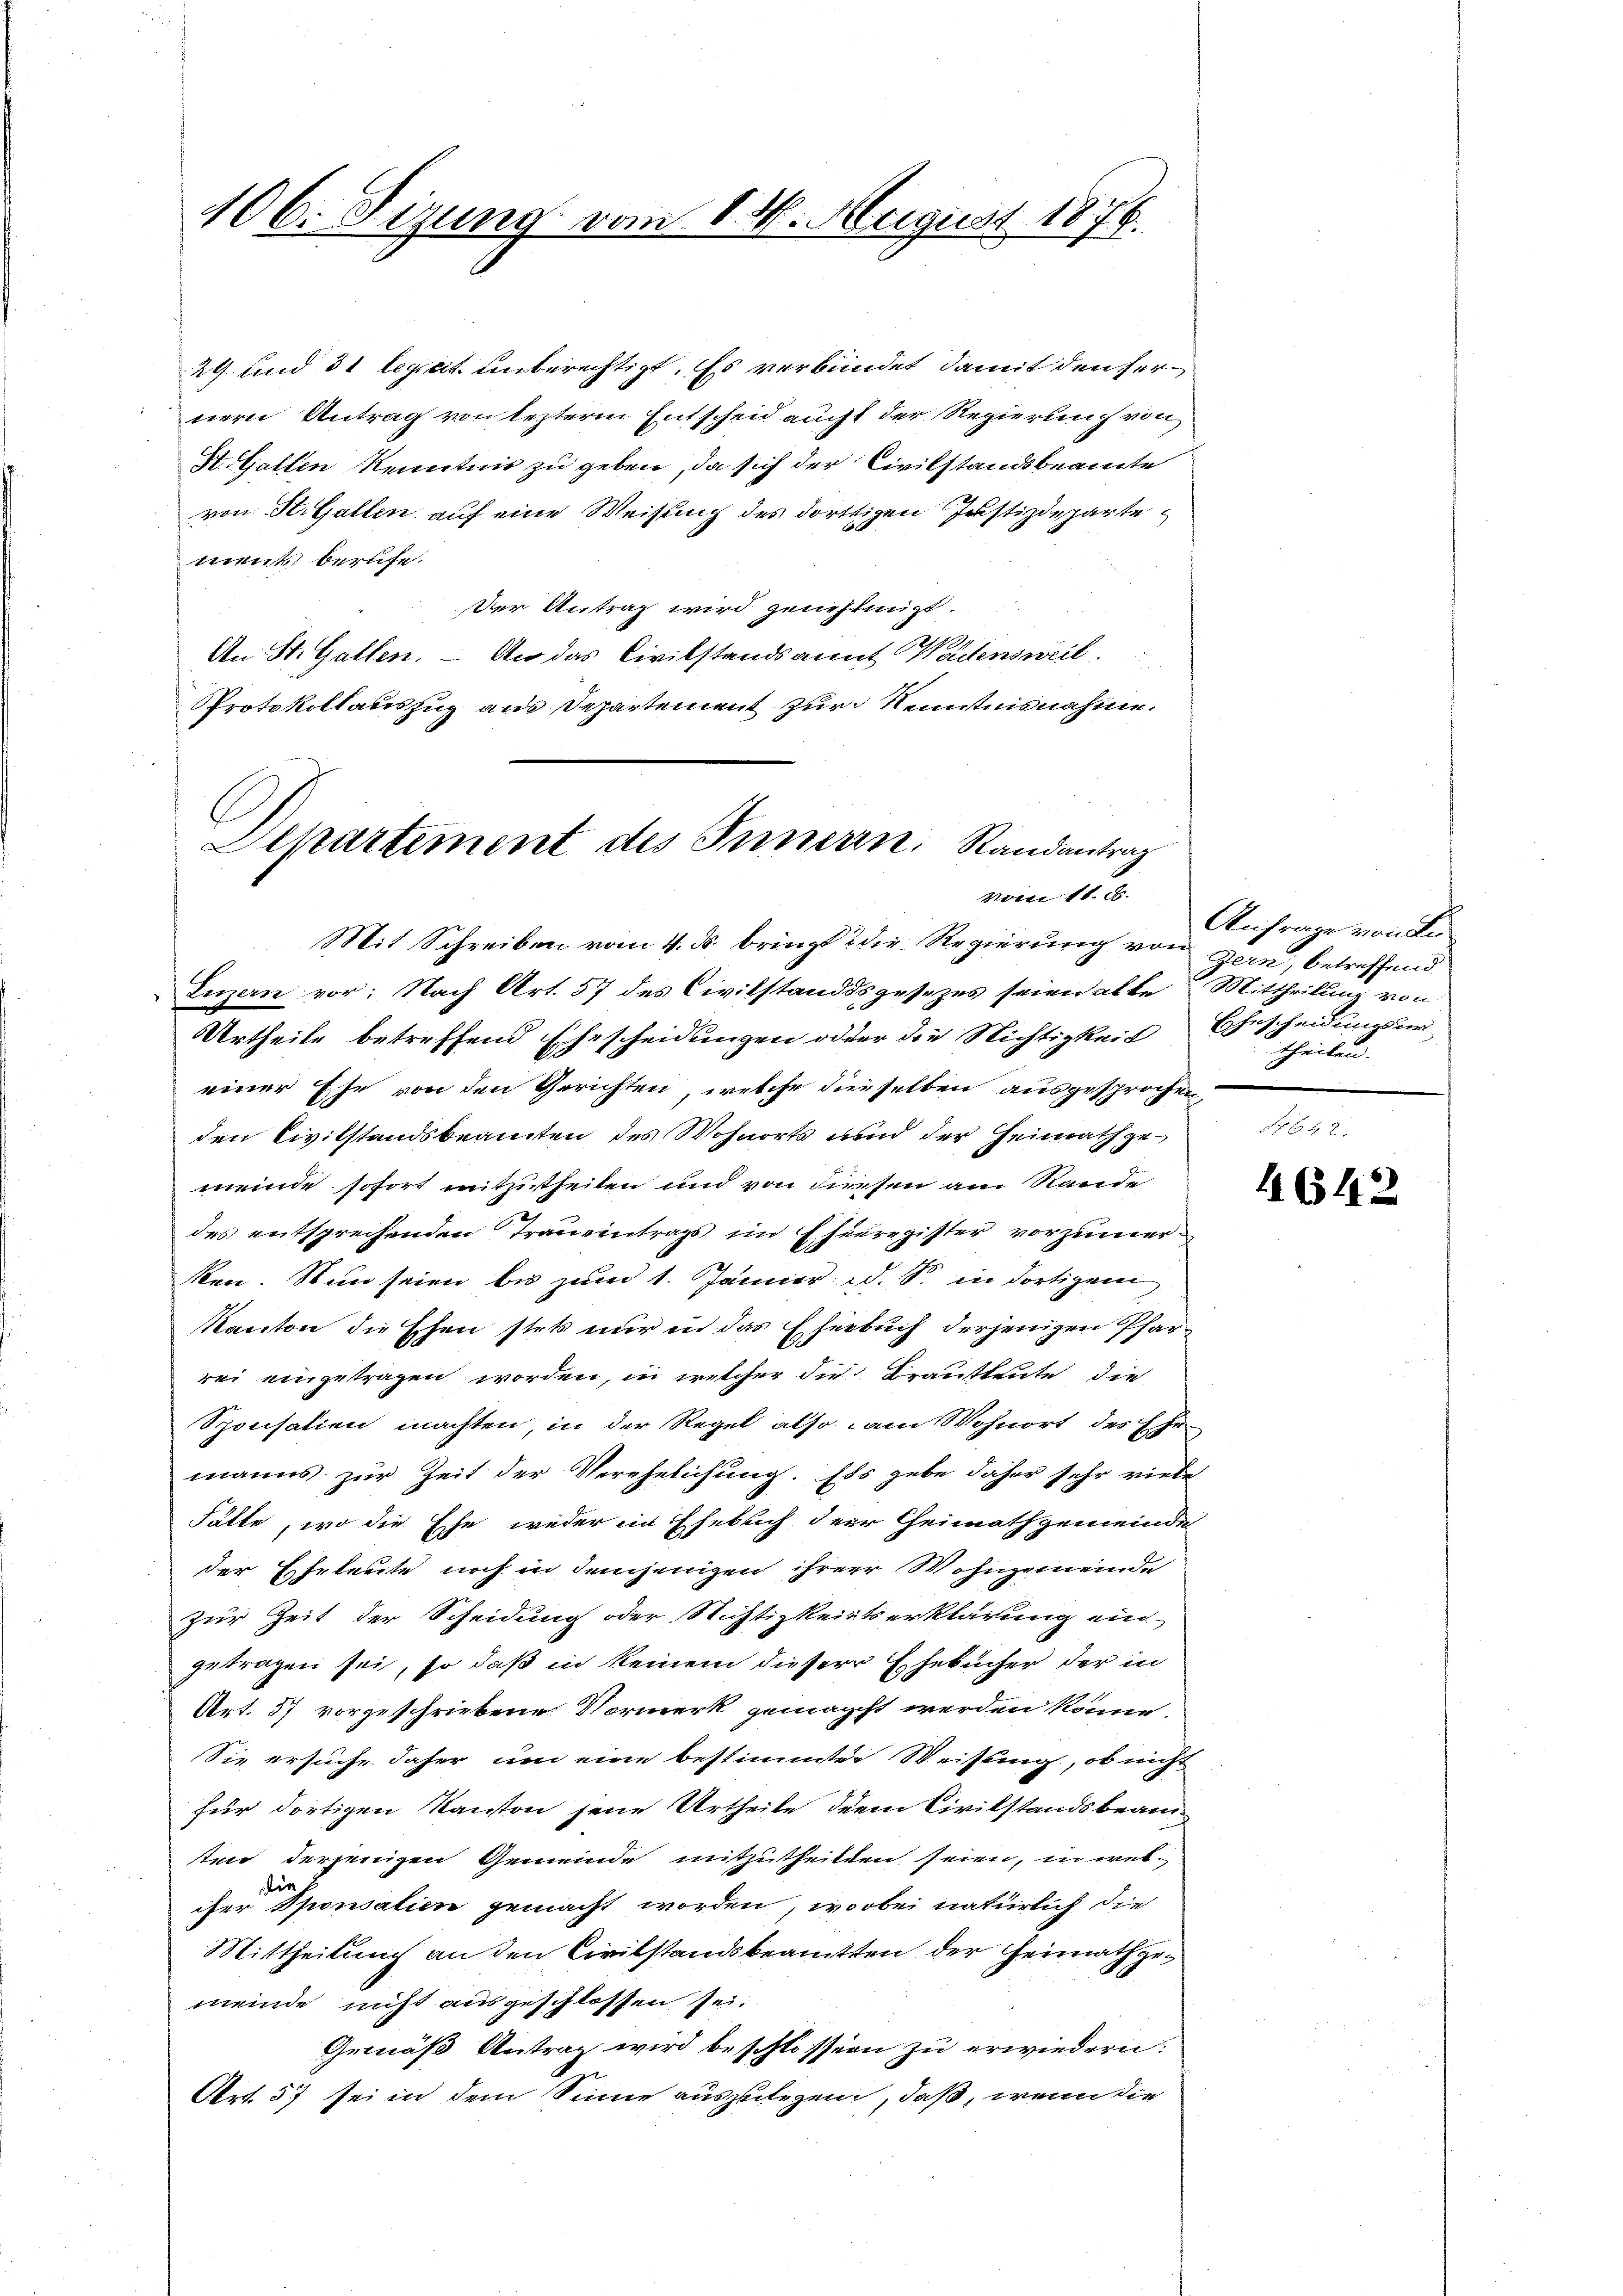
106. Sizung vom 14. August 1876.

24 und 31 leget unberechtigt. Es verbundet, damit denser
nern Antrag von lezterm Entscheid aucht der Regierung von
H. Gallen Kenntnis zu geben, da sich der Civilstandsbeamte
von St. Gallen auf eine Weisung des dorttigen Justizdeparte
ments berufe.
Der Antrag wird genehmigt.
A
An St. Gallen. – An das Civilstandsant Wädensweil.
Protokollauszug aus Departement zur Kenntnisnahme.
Mit Schreiben vom 4. ds. bringt & die Regierung von gern, betreffend
Luzern vor: Nach Art. 57 des Civilstandsgesezes seien alle Mittheilung von
Urtheile betreffend Ehescheidungen oder die Nichtigkeit Ehescheidungsureiner Ehe von den Gerichten, welche dieselben ausgesprochen,
den Civilstandsbeamten des Wohnorts und der Heimath gemeinde sofort mitzutheilen und von diesen am Rande
des entsprechenden Traueintrags im Ehenregister vorzumerken. Nun seien bis zum 1. Jänner d. S. in dortigem
Kanton die Ehen stets nur in das Eherbuch derjenigen Pfarrei eingetragen worden, in welcher die Brautleute die
Sponsation machten, in der Regel also am Wohnort des Ehe-
manns zur Zeit der Verehelichung. Ess gebe daher sehr viele
hätte, wo die Ehe weder ein Ehebuch der Cheimathgemeinde
der Eheleute noch in demjenigen ihrerer Wohngemeinde
zur Zeit der Scheidung oder Nichtigkeitserklärung ein
getragen sei, so daß in keinem dieser Ehebücher der in
Art. 57 vorgeschriebene Normerk gemacht werden könne.
Sie ersuche daher um eine bestimmter Weisung, ob nicht
für dortigen Kanton jene Urtheile dem Civilstandsbeamsten derjenigen Gemeinde mitzutheilten seien, in welcher Sponsalien gemacht worden, wobei natürlich die
Mittheilung an den Civilstandsbeamten der Heimathgemeinde nicht ausgeschlossen sei.
Gemäß Antrag wird beschlossen zu erwiedern:
Art. 57 sei in dem Sinne auszulegen, daß, wenn die

Departement des Innern. Randantrag
vom 16. 8.

Anfrage von An¬
 theilen.

4642